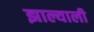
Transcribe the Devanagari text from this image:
झाल्याली